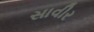
સાવીર